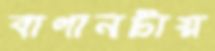
বাগানটায়